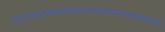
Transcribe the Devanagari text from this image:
०००००००००००००००००००००००००००